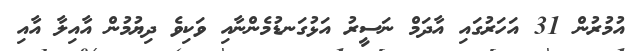
އުމުރުން 31 އަހަރުގައި އާދަމް ނަސީރު އަޅުގަނޑުމެންނާއި ވަކިވެ ދިޔުމުން އާއިލާ އާއި